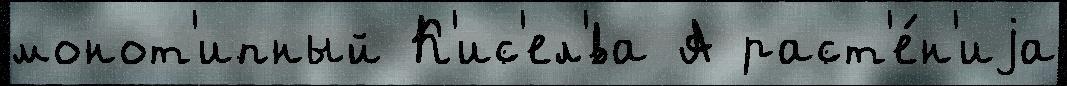
монот'ипный К'ис'ел'́ва А раст'е́н'иjа